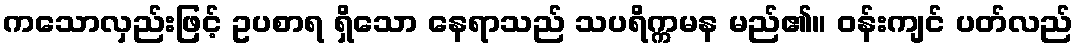
ကသောလှည်းဖြင့် ဥပစာရ ရှိသော နေရာသည် သပရိက္ကမန မည်၏။ ဝန်းကျင် ပတ်လည်